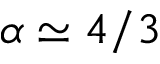
\alpha \simeq 4 / 3